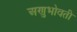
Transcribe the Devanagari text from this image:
अणुभोवती